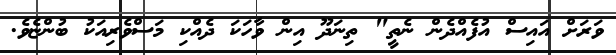
ވަރަށް އައިސް އުފެއްދެން ނެތީ" ތިނަދޫ އިން ވާހަކަ ދެއްކި މަސްވެރިއަކު ބުންޏެވެ.